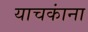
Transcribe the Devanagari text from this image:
याचकांना